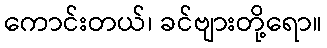
ကောင်းတယ်၊ ခင်ဗျားတို့ရော။